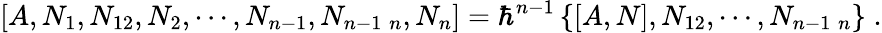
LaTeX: \left[A,N_{1},N_{12},N_{2},\cdots,N_{n-1},N_{n-1\; n},N_{n}\right]=\hbar^{n-1}\left\{ \left[A,N\right],N_{12},\cdots,N_{n-1\; n}\right\} \; .